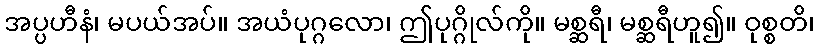
အပ္ပဟီနံ၊ မပယ်အပ်။ အယံပုဂ္ဂလော၊ ဤပုဂ္ဂိုလ်ကို။ မစ္ဆရီ၊ မစ္ဆရီဟူ၍။ ဝုစ္စတိ၊